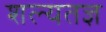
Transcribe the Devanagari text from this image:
शल्यतज्ञ